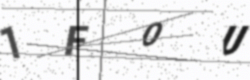
Text: 1F0U